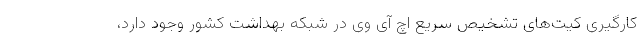
کارگیری کیت‌های تشخیص سریع اچ آی وی در شبکه بهداشت کشور وجود دارد،